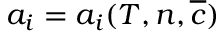
a _ { i } = a _ { i } ( T , n , \overline { { c } } )